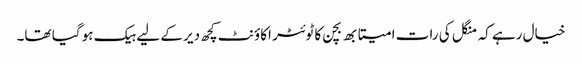
خیال رہے کہ منگل کی رات امیتابھ بچن کا ٹوئٹر اکاؤنٹ کچھ دیر کے لیے ہیک ہو گیا تھا۔